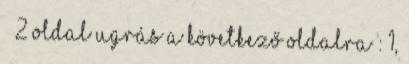
2 oldal Ugrás a következő oldalra : 1,